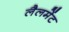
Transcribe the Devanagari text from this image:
लैलमेंट